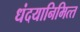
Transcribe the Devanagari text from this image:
धंदयानिमित्त्‍ा